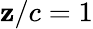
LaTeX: \mathbf{z}/c=1